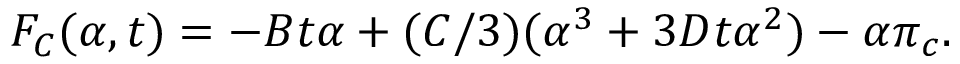
F _ { C } ( \alpha , t ) = - B t \alpha + ( C / 3 ) ( \alpha ^ { 3 } + 3 D t \alpha ^ { 2 } ) - \alpha \pi _ { c } .